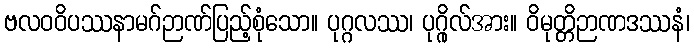
ဗလဝဝိပဿနာမဂ်ဉာဏ်ပြည့်စုံသော။ ပုဂ္ဂလဿ၊ ပုဂ္ဂိုလ်အား။ ဝိမုတ္တိဉာဏဒဿနံ၊